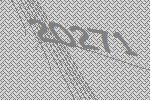
20271